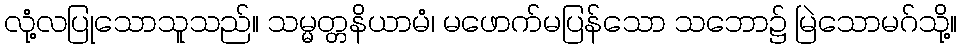
လုံ့လပြုသောသူသည်။ သမ္မတ္တနိယာမံ၊ မဖောက်မပြန်သော သဘော၌ မြဲသောမဂ်သို့။